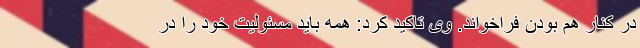
در کنار هم بودن فراخواند. وی تاکید کرد: همه باید مسئولیت خود را در